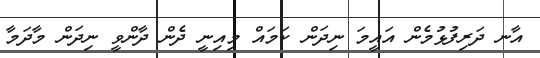
އާނ ދަރިފުޅުމެން އައީމަ ނިދަން ކަމައް މިއިނީ ދެން ދާންވީ ނިދަން މާދަމާ